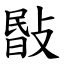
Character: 敯